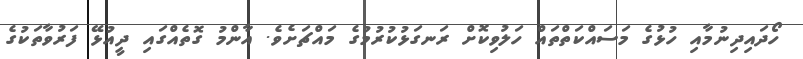
ހޯދައިދިނުމާއި ހުޅުގެ މަސައްކަތްތައް ހަލުވިކޮށް ރަނގަޅުކުރުމުގެ މައްޗަށެވެ. އާންމު ގޮތެއްގައި ދީއުޅޭ ފަރުވާތަކުގެ